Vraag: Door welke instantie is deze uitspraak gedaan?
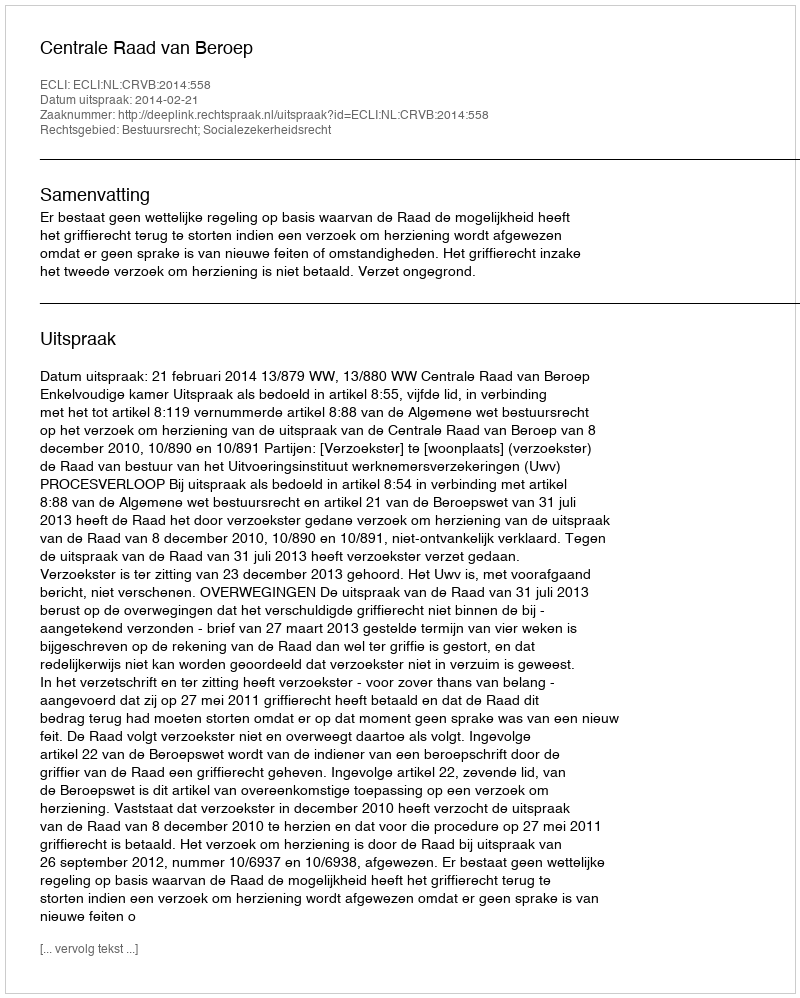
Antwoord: Centrale Raad van Beroep